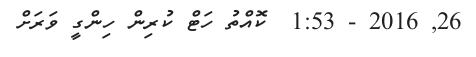
26